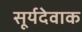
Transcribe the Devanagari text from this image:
सूर्यदेवाक